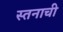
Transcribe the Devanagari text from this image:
स्तनाची